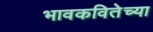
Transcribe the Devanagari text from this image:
भावकवितेच्या